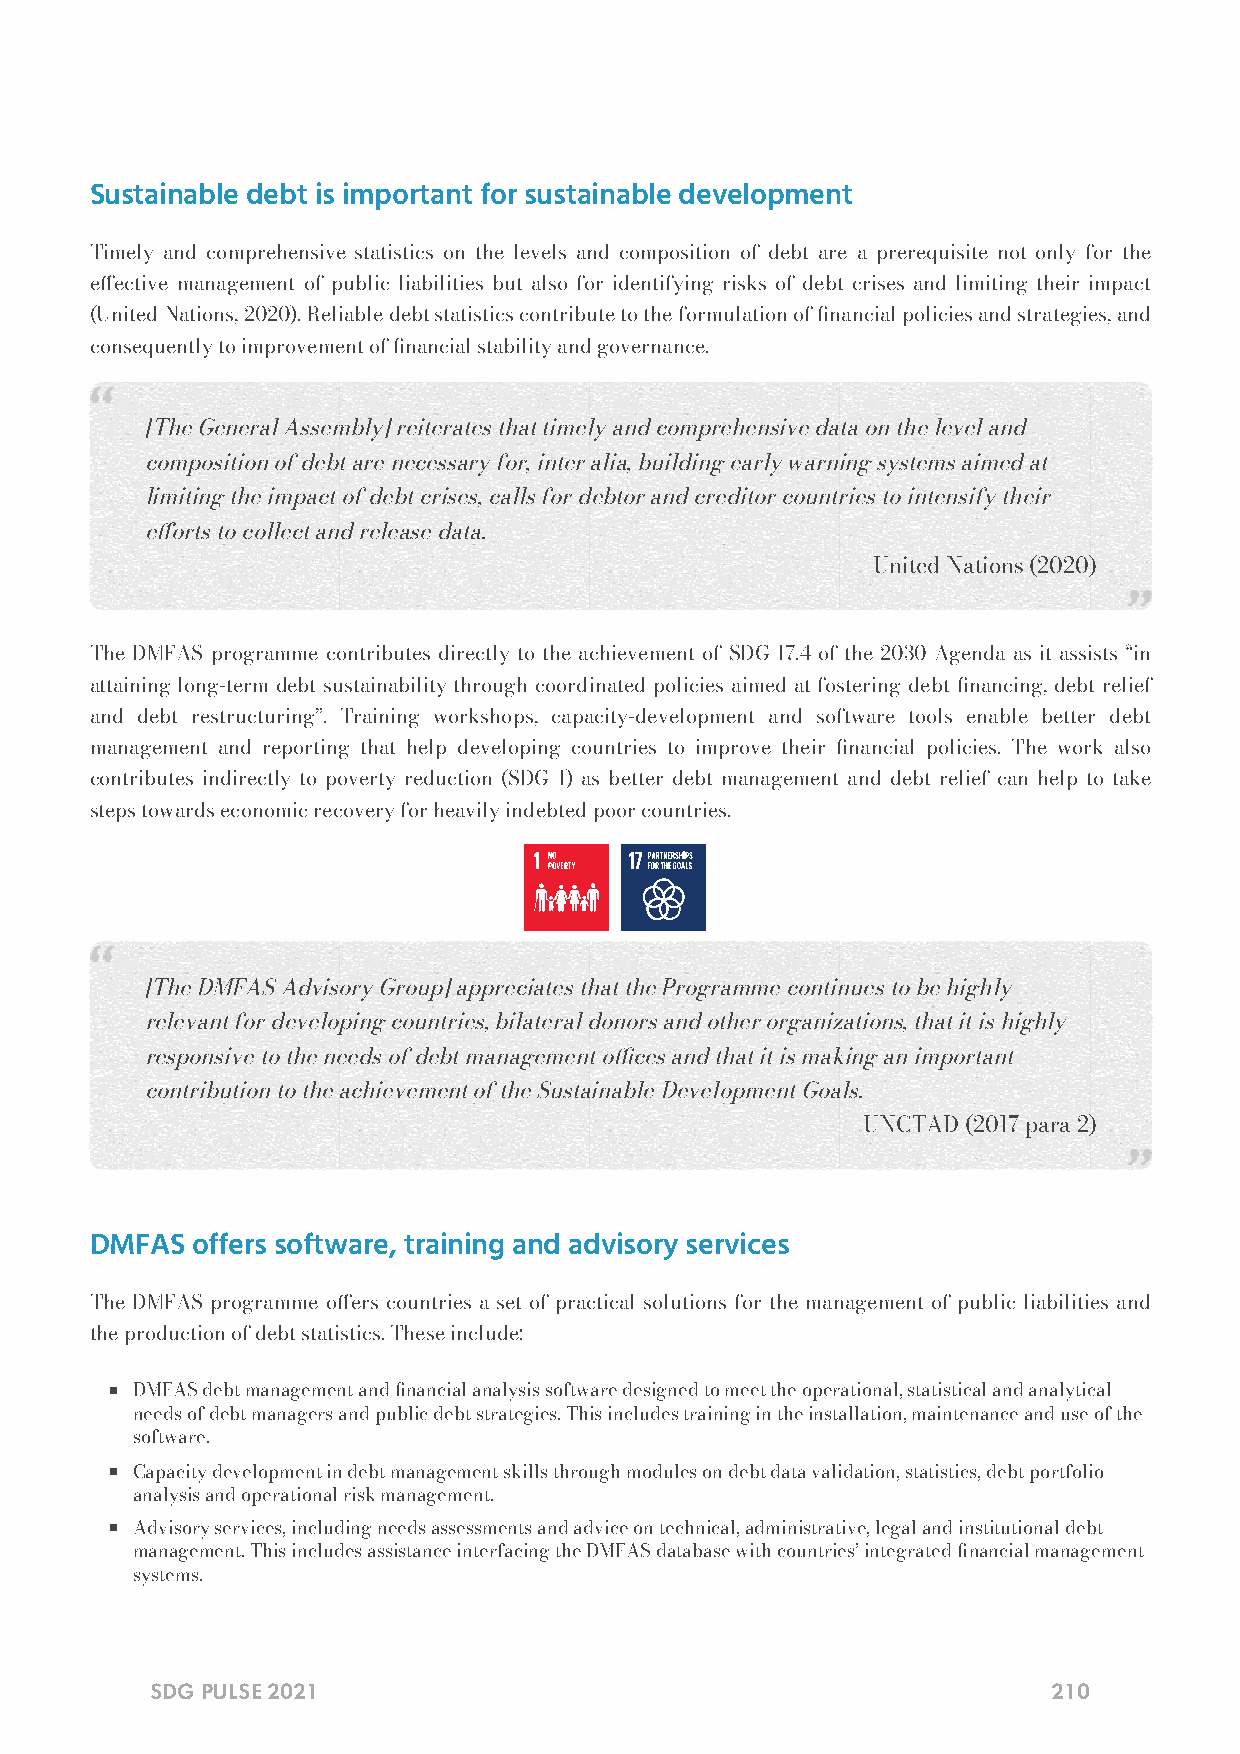
Sustainable debt is important for sustainable development
 Timely and comprehensive statistics on the levels and composition of debt are a prerequisite not only for the
 eective management of public liabilities but also for identifying risks of debt crises and limiting their impact
 (United Nations, 2020). Reliable debt statistics contribute to the formulation of nancial policies and strategies, and
 consequently to improvement of nancial stability and governance.
 [The General Assembly] reiterates that timely and comprehensive data on the level and
 composition of debt are necessary for, inter alia, building early warning systems aimed at
 limiting the impact of debt crises, calls for debtor and creditor countries to intensify their
 eorts to collect and release data.
 — United Nations (2020)
 The DMFAS programme contributes directly to the achievement of SDG 17.4 of the 2030 Agenda as it assists “in
 attaining long-term debt sustainability through coordinated policies aimed at fostering debt nancing, debt relief
 and debt restructuring”. Training workshops, capacity-development and software tools enable better debt
 management and reporting that help developing countries to improve their nancial policies. The work also
 contributes indirectly to poverty reduction (SDG 1) as better debt management and debt relief can help to take
 steps towards economic recovery for heavily indebted poor countries.
 [The DMFAS Advisory Group] appreciates that the Programme continues to be highly
 relevant for developing countries, bilateral donors and other organizations, that it is highly
 responsive to the needs of debt management oces and that it is making an important
 contribution to the achievement of the Sustainable Development Goals.
 — UNCTAD (2017 para 2)
 DMFAS  offers software, training and advisory services
 The DMFAS programme oers countries a set of practical solutions for the management of public liabilities and
 the production of debt statistics. These include:
 DMFAS debt management and nancial analysis software designed to meet the operational, statistical and analytical
 needs of debt managers and public debt strategies. This includes training in the installation, maintenance and use of the
 software.
 Capacity development in debt management skills through modules on debt data validation, statistics, debt portfolio
 analysis and operational risk management.
 Advisory services, including needs assessments and advice on technical, administrative, legal and institutional debt
 management. This includes assistance interfacing the DMFAS database with countries’ integrated nancial management
 systems.
 SDG PULSE 2021                                              210